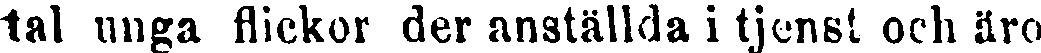
tal unga flickor der anställda i tjenst och äro